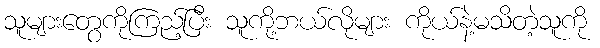
သူများတွေကိုကြည့်ပြီး သူကို့ဘယ်လိုများ ကိုယ်နဲ့မသိတဲ့သူကို